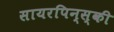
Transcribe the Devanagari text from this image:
सायरपिन्स्की